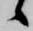
候